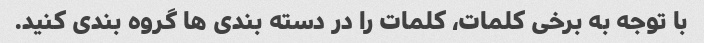
با توجه به برخی کلمات، کلمات را در دسته بندی ها گروه بندی کنید.